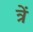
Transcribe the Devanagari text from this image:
त्रें